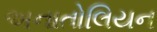
અનાતોલિયન